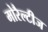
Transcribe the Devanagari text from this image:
मोरैल्टीज